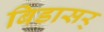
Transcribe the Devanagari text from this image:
बिडासर्